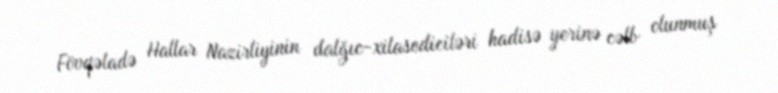
Fövqəladə Hallar Nazirliyinin dalğıc-xilasediciləri hadisə yerinə cəlb olunmuş